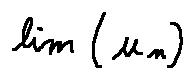
\lim ( u _ { n } )